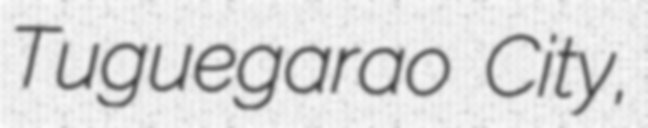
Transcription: Tuguegarao City,